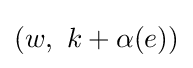
(w,\ k+\alpha (e))